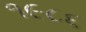
૧૯૮૬